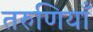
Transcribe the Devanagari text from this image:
तरुणियाँ